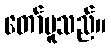
တော်မူသည်။